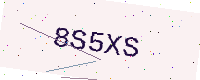
Text: 8S5XS